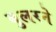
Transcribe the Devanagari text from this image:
बुलरने